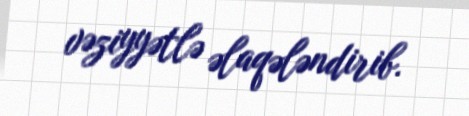
vəziyyətlə əlaqələndirib.